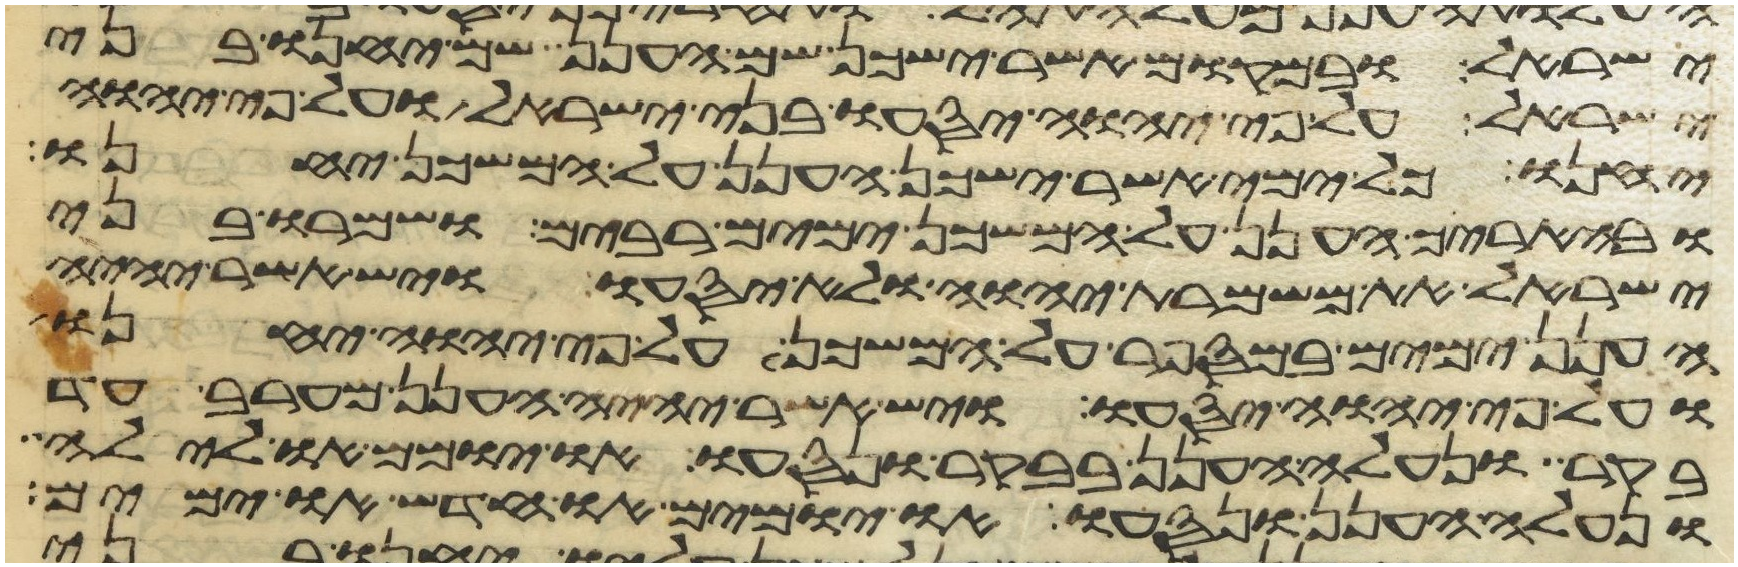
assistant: ישראל ובמקום אשר ישכן שם הענן שם יחנו בני
ישראל על פי יהוה יסעו בני ישראל ועל פי יהוה
יחנו כל ימי אשר ישכן הענן על המשכן יחנו
ובהאריך הענן על המשכן ימים רבים ושמרו בני
ישראל את משמרת יהוה ולא יסעו ויש אשר יהיה
הענן ימים במספר על המשכן על פי יהוה יחנו
ועל פי יהוה יסעו ויש אשר יהיה הענן מערב עד
בקר ונעלה הענן בבקר ונסעו או יומם ולילה
ונעלה הענן ונסעו או יומים או חדש או ימים